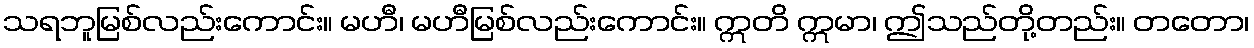
သရဘူမြစ်လည်းကောင်း။ မဟီ၊ မဟီမြစ်လည်းကောင်း။ ဣတိ ဣမာ၊ ဤသည်တို့တည်း။ တတော၊